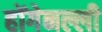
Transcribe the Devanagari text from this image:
होंगेनल्ली